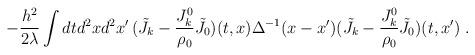
LaTeX: \begin{align*}- \frac{h^2}{2 \lambda} \int dt d^2x d^2x'\, ({\tilde J}_k - \frac{J^0_k}{\rho_0} {\tilde J}_0) (t,x) \Delta^{-1}(x-x')({\tilde J}_k - \frac{J^0_k}{\rho_0} {\tilde J}_0) (t,x')\;.\end{align*}